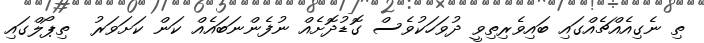
ތި ނެގިއެއްޗެއްގައި ބައިވެރިތިވީ ދުވަހަކުވެސް ގޮޑުދޮށެއް ނުފެންނަބައެއް ކަން ކަށަވަރު  ތިޕޯލްގައި